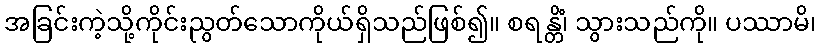
အခြင်းကဲ့သို့ကိုင်းညွတ်သောကိုယ်ရှိသည်ဖြစ်၍။ စရန္တိံ၊ သွားသည်ကို။ ပဿာမိ၊